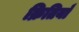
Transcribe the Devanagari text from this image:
क्रितियाँ